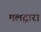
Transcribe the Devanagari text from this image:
मलद्वारा